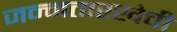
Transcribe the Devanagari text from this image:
जन्मतारखेची